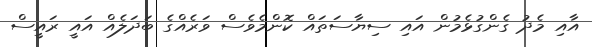
އާއި މެދު ގެންގުޅެމުން އައި ސިޔާސަތައް ކޮންމެވެސް ވަރެއްގެ ބަދަލެއް އައީ ރައީސް